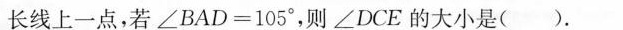
长线上一点，若$$∠ B A D = 1 0 5 °$$，则∠DCE的大小是( )。